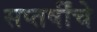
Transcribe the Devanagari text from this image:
सप्तर्षींचे